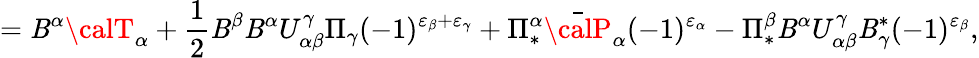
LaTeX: =\mathit{B}^{\alpha}{\calT}_{\alpha}+\frac{{1}}{{2}}\mathit{B}^{\beta}\mathit{B}^{\alpha}U_{\alpha\beta}^{\gamma}\Pi_{\gamma}(-1)^{\varepsilon_{\beta}+\varepsilon_{\gamma}}+\Pi_{*}^{\alpha}\bar{{\calP}}_{\alpha}(-1)^{\varepsilon_{\alpha}}-\Pi_{*}^{\beta}\mathit{B}^{\alpha}U_{\alpha\beta}^{\gamma}\mathit{B}_{\gamma}^{*}(-1)^{\varepsilon_{\beta}},